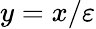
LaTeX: y=x/\varepsilon